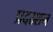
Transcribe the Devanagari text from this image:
प्रदस्र्शन